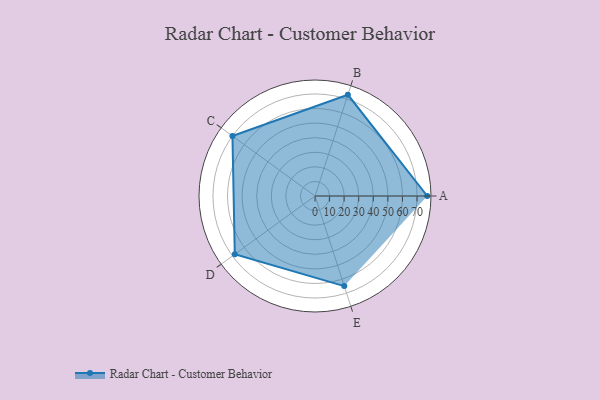
{"axis": {"x": "Skill", "y": "Score"}, "legend": ["Profile"], "data": [{"x": "A", "y": 77.0, "type": "Profile"}, {"x": "B", "y": 73.0, "type": "Profile"}, {"x": "C", "y": 70.0, "type": "Profile"}, {"x": "D", "y": 68.0, "type": "Profile"}, {"x": "E", "y": 65.0, "type": "Profile"}]}